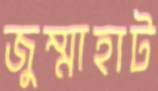
জুম্মাহাট